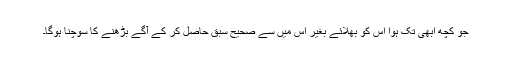
جو کچھ ابھی تک ہوا اس کو بھلائے بغیر اس میں سے صحیح سبق حاصل کر کے آگے بڑھنے کا سوچنا ہوگا۔